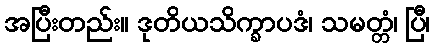
အပြီးတည်း။ ဒုတိယသိက္ခာပဒံ၊ သမတ္တံ၊ ပြီ၊